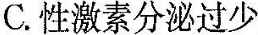
C. 性激素分泌过少